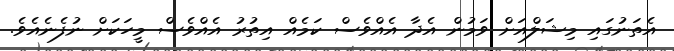
އެތަނުގައި މިޝަލްއަށް ވަމުން އެދާ އެއްވެސް ކަމެއް އިތުރު އެއްވެސް މީހަކަށް ނުފެނެއެވެ.